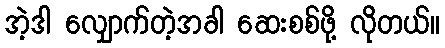
အဲ့ဒါ လျှောက်တဲ့အခါ ဆေးစစ်ဖို့ လိုတယ်။